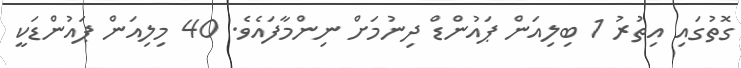
ގޮތުގައި އިތުރު 1 ބިލިއަން ޕައުންޑް ދިނުމަށް ނިންމާފައެވެ. 40 މިލިއަން ޕައުންޑަކީ